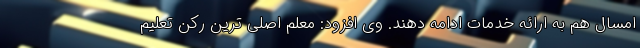
امسال هم به ارائه خدمات ادامه دهند. وی افزود: معلم اصلی ترین رکن تعلیم